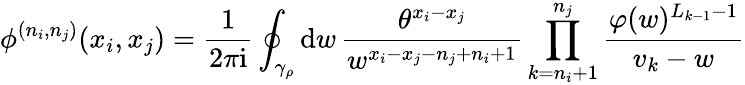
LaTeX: \phi^{(n_{i},n_{j})}(x_{i},x_{j})=\frac{1}{2\pi\mathrm{i}}\oint_{\gamma_{\rho}}\mathrm{d}w\, \frac{\theta^{x_{i}-x_{j}}}{w^{x_{i}-x_{j}-n_{j}+n_{i}+1}}\prod_{k=n_{i}+1}^{n_{j}}\frac{\varphi(w)^{L_{k-1}-1}}{v_{k}-w}